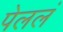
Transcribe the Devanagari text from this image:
पेललं